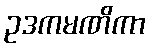
ဥဒကမဏိကာ